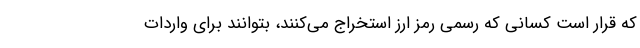
که قرار است کسانی که رسمی رمز ارز استخراج می‌کنند، بتوانند برای واردات